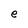
Character: e